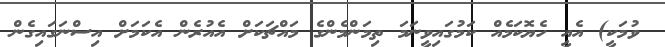
ވުމަކީ) އެއީ ހެޔޮކަމެއް ކަމުގައިވީނަމަ ތިމަންމެންގެ މައްޗަކަށް އެއުރެން އެކަމަށް އިސްނަގައިގެން